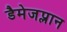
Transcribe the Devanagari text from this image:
डैमेजप्लान